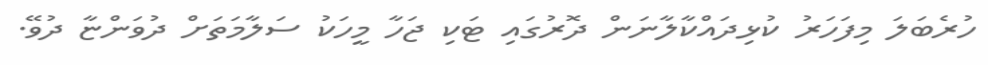
ހުރެބަލަ މިފަހަރު ކުޅިދައްކާލާނަން ދޮރުގައި ޓަކި ޖަހާ މީހަކު ސަލާމަތަށް ދުވަންޏާ ދުވޭ.